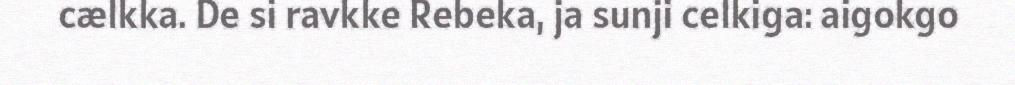
cælkka. De si ravkke Rebeka, ja sunji celkiga: aigokgo